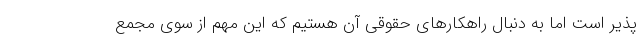
پذیر است اما به دنبال راهکارهای حقوقی آن هستیم که این مهم از سوی مجمع